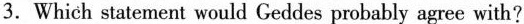
3.Which statement would Geddes probably agree with?